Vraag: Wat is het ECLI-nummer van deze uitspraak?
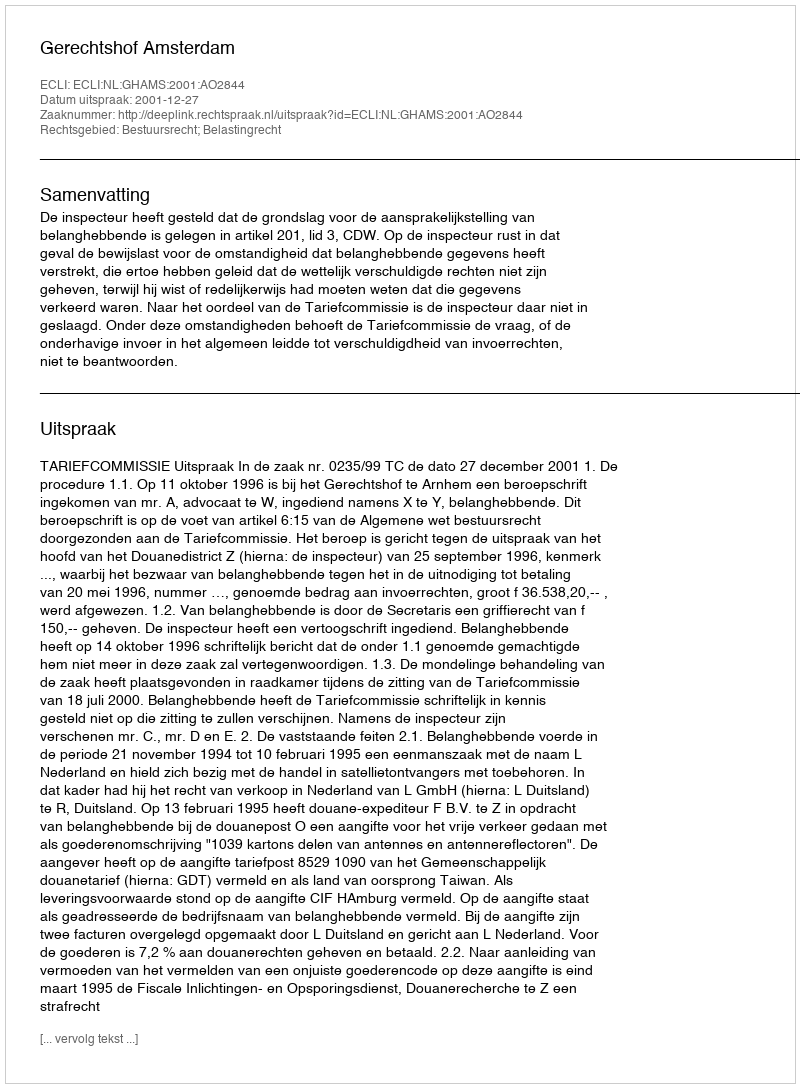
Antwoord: ECLI:NL:GHAMS:2001:AO2844